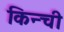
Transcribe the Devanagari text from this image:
किन्ची